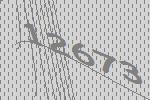
12673